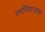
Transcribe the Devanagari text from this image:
पर्णपिसाऱ्याचा